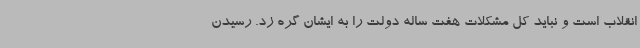
انقلاب است و نباید کل مشکلات هفت ساله دولت را به ایشان گره زد. رسیدن